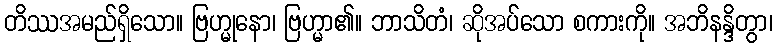
တိဿအမည်ရှိသော။ ဗြဟ္မုနော၊ ဗြဟ္မာ၏။ ဘာသိတံ၊ ဆိုအပ်သော စကားကို။ အဘိနန္ဒိတွာ၊